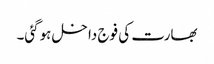
بھارت کی فوج داخل ہوگئی۔